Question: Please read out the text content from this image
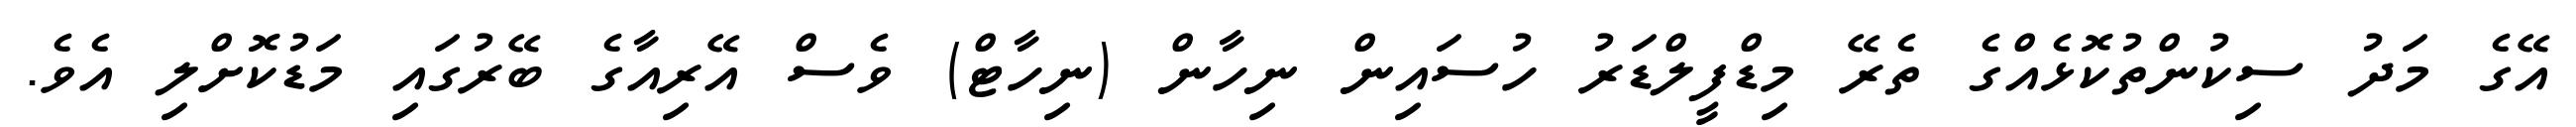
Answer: އޭގެ މަދު ސިކުންތުކޮޅެއްގެ ތެރޭ މިޑްފީލްޑަރު ހުސައިން ނިހާން (ނިހާޓް) ވެސް އޭރިއާގެ ބޭރުގައި މަޑުކޮށްލި އެވެ.